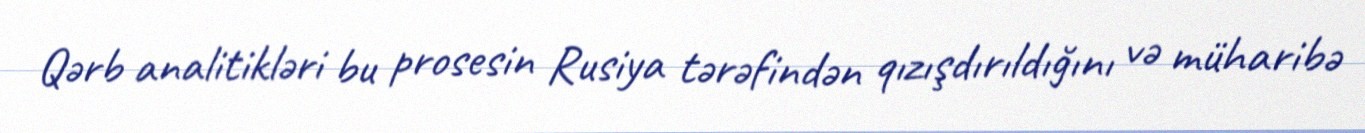
Qərb analitikləri bu prosesin Rusiya tərəfindən qızışdırıldığını və müharibə